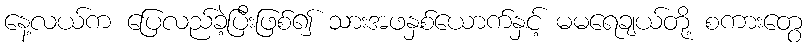
နေ့လယ်က ပြေလည်ခဲ့ပြီးဖြစ်၍ သားအဖနှစ်ယောက်နှင့် မမရေချယ်တို့ စကားတွေ